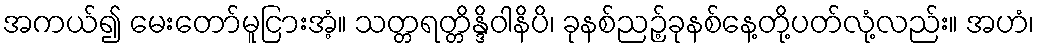
အကယ်၍ မေးတော်မူငြားအံ့။ သတ္တရတ္တိန္ဒိဝါနိပိ၊ ခုနစ်ညဉ့်ခုနစ်နေ့တို့ပတ်လုံ့လည်း။ အဟံ၊